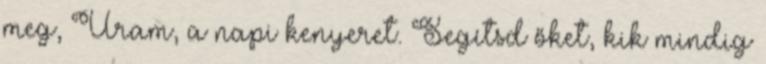
meg, Uram, a napi kenyeret. Segítsd őket, kik mindig